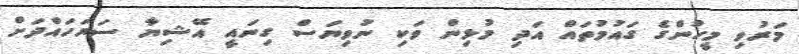
މަރުވި މީހުންގެ ގައުމުތައް އަދި މުޅިން ވަކި ނުވިޔަސް ގިނައީ އޭޝިޔާ ސަރަހައްދަށް